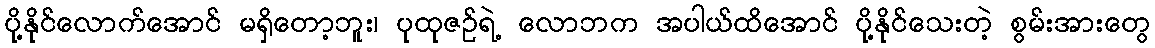
ပို့နိုင်လောက်အောင် မရှိတော့ဘူး၊ ပုထုဇဉ်ရဲ့ လောဘက အပါယ်ထိအောင် ပို့နိုင်သေးတဲ့ စွမ်းအားတွေ